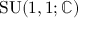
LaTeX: \operatorname { S U } ( 1 , 1 ; \mathbb { C } )